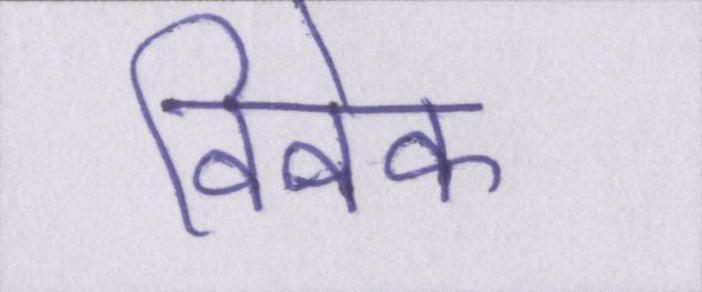
विवेक